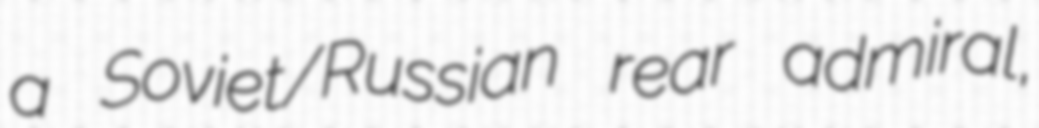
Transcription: a Soviet/Russian rear admiral,